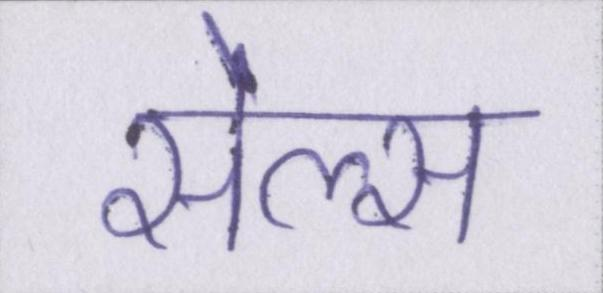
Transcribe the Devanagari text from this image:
सेल्स